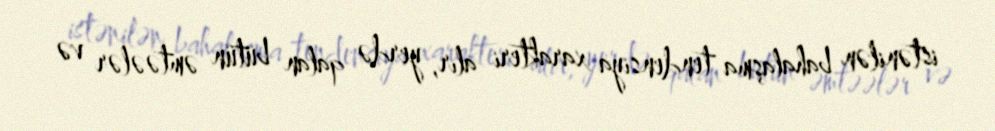
istənilən bahalaşma tendensiya xarakteri alır, yerdə qalan bütün əmtəələr və